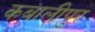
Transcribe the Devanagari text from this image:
कबालीपुर